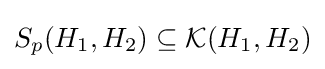
S_{p}(H_{1},H_{2})\subseteq {\mathcal {K}}(H_{1},H_{2})